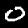
Label: 0